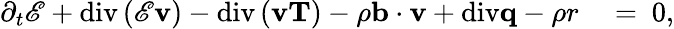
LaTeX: \begin{array}{rl}{\partial_{t}\mathscr{E}+\mathrm{div}\left(\mathscr{E}\mathbf{v}\right)-\mathrm{div}\left(\mathbf{v}\mathbf{T}\right)-\rho\mathbf{b}\cdot\mathbf{v}+\mathrm{div}\mathbf{q}-\rho r}&{{}=~0,}\end{array}